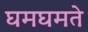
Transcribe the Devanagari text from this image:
घमघमते